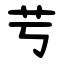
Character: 䒓